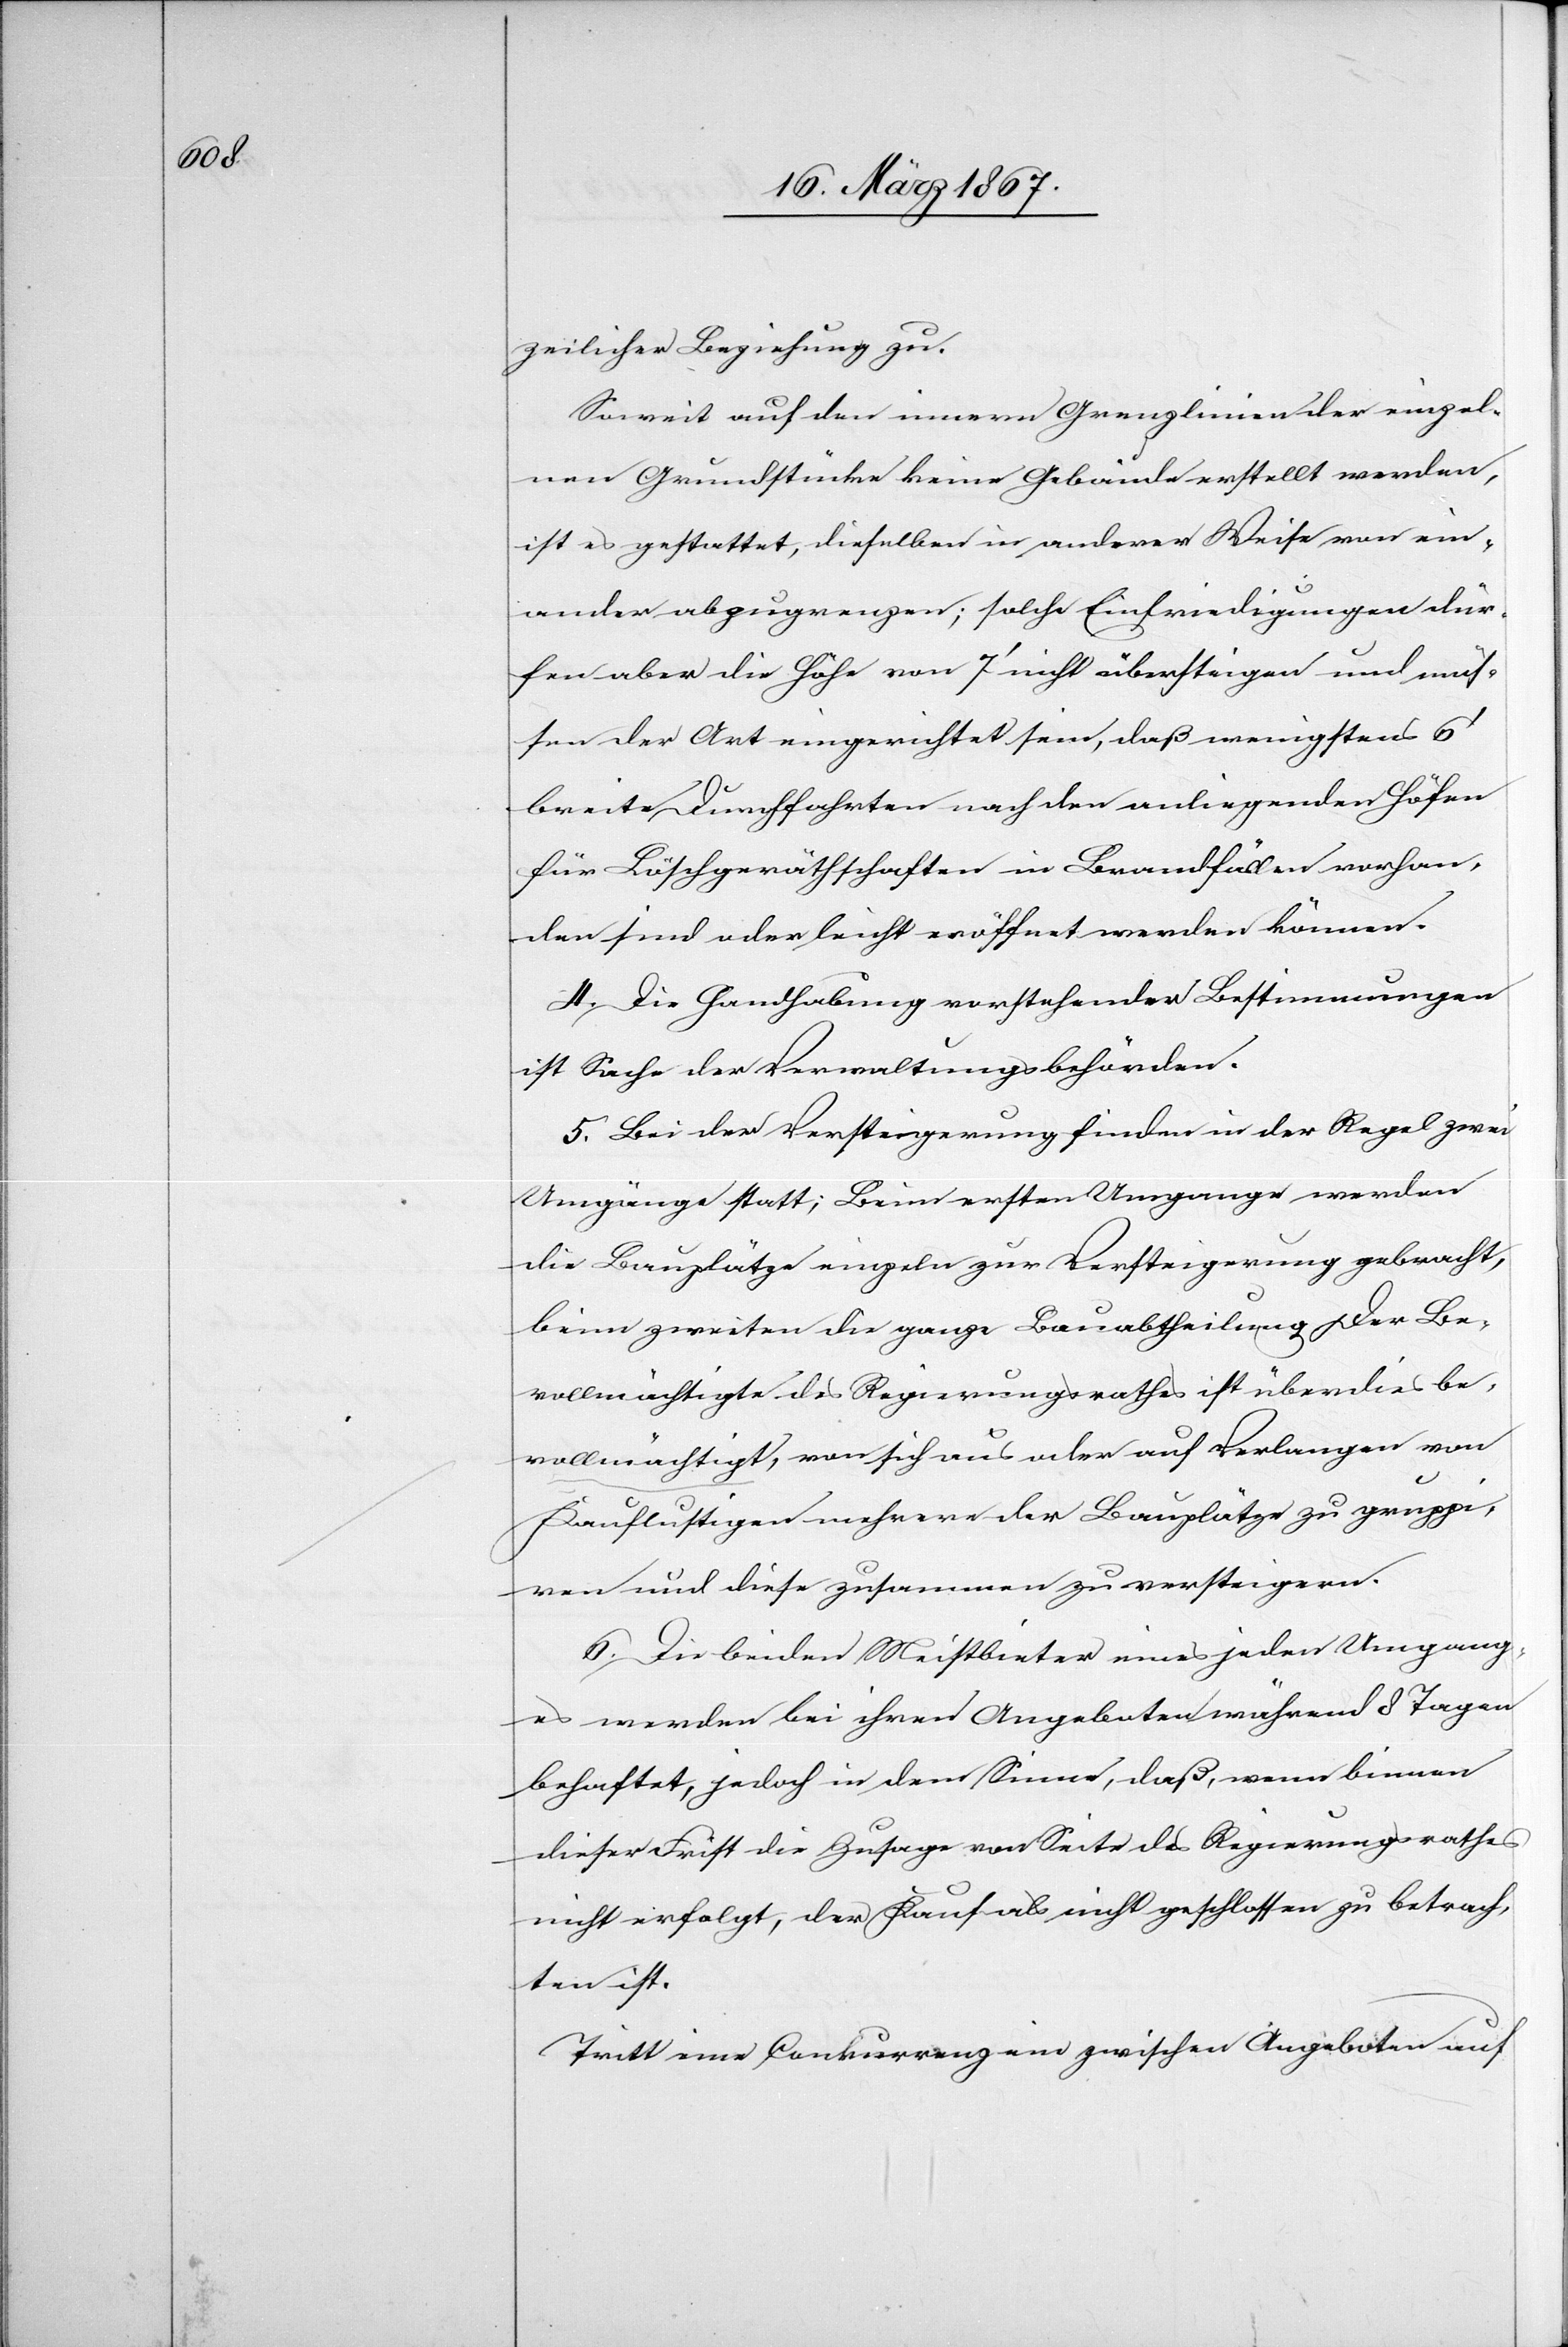
zeilicher Beziehung zu.
Soweit auf den innern Grenzlinien der einzel¬
nen Grundstücke keine Gebäude erstellt werden,
ist es gestattet, dieselben in anderer Weise von ein¬
ander abzugrenzen; solche Einfriedigungen dür¬
fen aber die Höhe von 7’ nicht übersteigen und müs¬
sen der Art eingerichtet sein, daß wenigstens 6’
breite Durchfahrten nach den anliegenden Höfen
für Löschgeräthschaften in Brandfällen vorhan¬
den sind oder leicht eröffnet werden können.
4. Die Handhabung vorstehender Bestimmungen
ist Sache der Verwaltungsbehörden.
5. Bei der Versteigerung finden in der Regel zwei
Umgänge statt; Beim ersten Umgang werden
die Bauplätze einzeln zur Versteigerung gebracht,
beim zweiten die ganze Bauabtheilung. Der Be¬
vollmächtigte des Regierungsrathes ist überdies be¬
vollmächtigt, von sich aus oder auf Verlangen von
Kauflustigen mehrere der Bauplätze zu gruppi¬
ren und diese zusammen zu versteigern.
6. Die beiden Mitbieter eines jeden Umgang¬
es werden bei ihren Angeboten während 8 Tagen
behaftet, jedoch in dem Sinne, daß, wenn binnen
dieser Frist die Zusage von Seite des Regierungsrathes
nicht erfolgt, der Kauf als nicht geschlossen zu betrach¬
ten ist.
Tritt eine Conkurrenz ein zwischen Angeboten auf